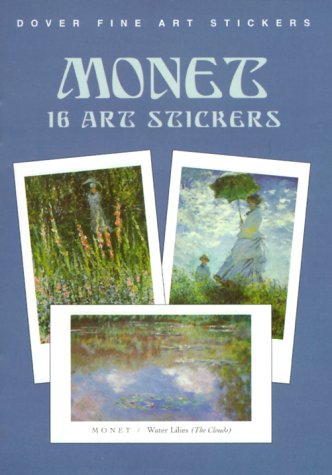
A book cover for Monet: 16 Art Stickers (Dover Art Stickers); Claude Monet; Arts & Photography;